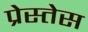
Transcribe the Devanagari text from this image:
प्रेस्तेस